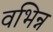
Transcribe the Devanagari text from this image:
वभिन्न